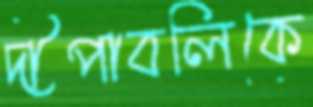
দীপাবলিকে